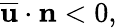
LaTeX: \overline{{\mathbf{u}}}\cdot\mathbf{n}<0,